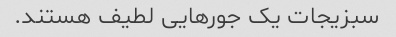
سبزیجات یک جورهایی لطیف هستند.